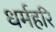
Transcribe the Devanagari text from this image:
धर्महरि